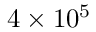
4 \times 1 0 ^ { 5 }